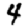
Digit: 4